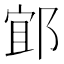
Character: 𨛯